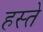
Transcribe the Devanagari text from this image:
हस्‍ते